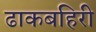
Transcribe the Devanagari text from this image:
ढाकबहिरी